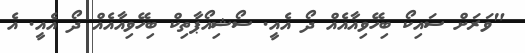
"ވަރަށް ސައިކޯ ބިހޭވިއާއެއް ދޯ އެއީ. ސޯޝިއޯޕާތިކް ބިހޭވިއާއެއް ދޯ އެއީ. އެ